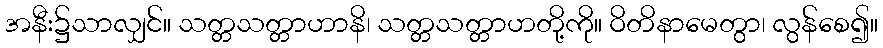
အနီး၌သာလျှင်။ သတ္တသတ္တာဟာနိ၊ သတ္တသတ္တာဟတို့ကို။ ဝိတိနာမေတွာ၊ လွန်စေ၍။